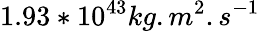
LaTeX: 1.93*10^{43}kg.m^{2}.s^{-1}